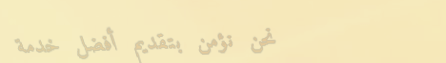
نحن نؤمن بتقديم أفضل خدمة